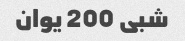
شبی 200 یوان